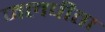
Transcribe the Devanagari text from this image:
जलपीता